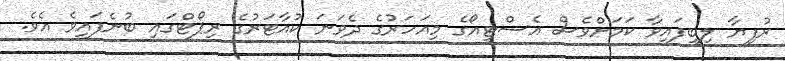
ރުފިޔާ ލިބިފައިވާ ކަމަށްވެސް އެސްޓީއޯގެ މިއަހަރުގެ ދެވަނަ ކުއާޓަރުގެ ރިޕޯޓްގައި ބުނެފައިވެ އެވެ.